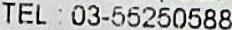
TEL : 03-55250588